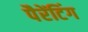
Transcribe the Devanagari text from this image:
पैरेंटिंग